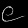
Digit: ၉